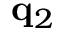
{ \bf q } _ { 2 }